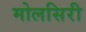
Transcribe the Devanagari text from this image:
मोलसिरी